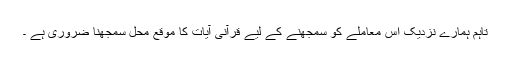
تاہم ہمارے نزدیک اس معاملے کو سمجھنے کے لیے قرآنی آیات کا موقع محل سمجھنا ضروری ہے ۔